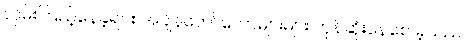
လှမ်းကြည့်နေခဲ့ရင်း အချိန်တော်တော်များများ ကုန်ဆုံးနေစေ ခဲ့သည်။